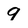
Character: 9